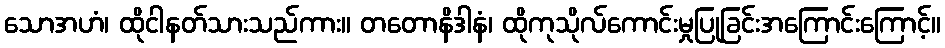
သောအဟံ၊ ထိုငါနတ်သားသည်ကား။ တတောနိဒါနံ၊ ထိုကုသိုလ်ကောင်းမှုပြုခြင်းအကြောင်းကြောင့်။